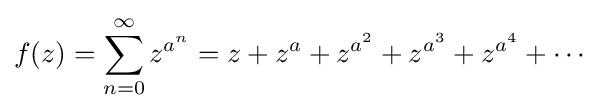
f(z)=\sum _{n=0}^{\infty }z^{a^{n}}=z+z^{a}+z^{a^{2}}+z^{a^{3}}+z^{a^{4}}+\cdots